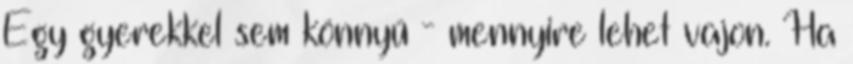
Egy gyerekkel sem könnyű - mennyire lehet vajon. Ha